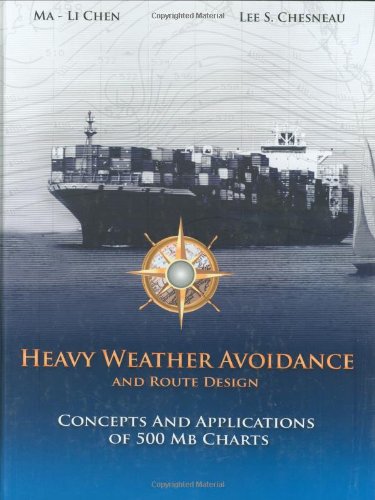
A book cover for Heavy Weather Avoidance and Route Design: Concepts and Applications of 500 Mb Charts; Ma-Li Chen; Engineering & Transportation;